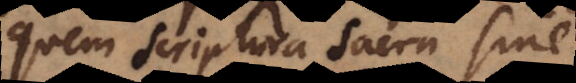
quem Scriptura Sacra sine